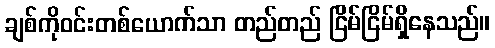
ချစ်ကိုဝင်းတစ်ယောက်သာ တည်တည် ငြိမ်ငြိမ်ရှိနေသည်။